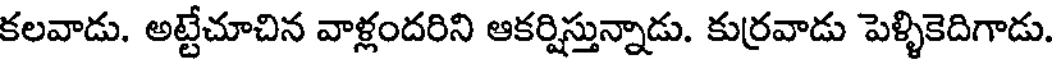
కలవాడు. అట్టేచూచిన వాళ్లందరిని ఆకర్షిస్తున్నాడు. కుర్రవాడు పెళ్ళికెదిగాడు.